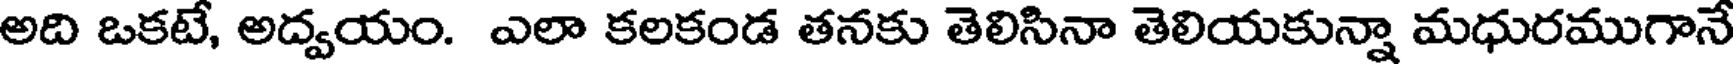
అది ఒకటే, అద్వయం. ఎలా కలకండ తనకు తెలిసినా తెలియకున్నా మధురముగానే